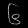
Digit: ၆